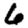
Digit: 6